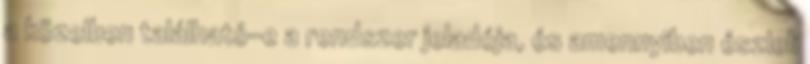
a közelben található-e a rendszer jeladója, és amennyiben észleli